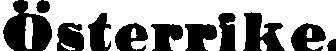
Österrike.